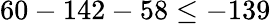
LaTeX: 60-142-58\leq-139